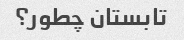
تابستان چطور؟